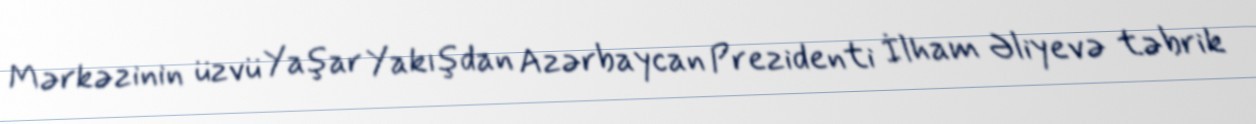
Mərkəzinin üzvü Yaşar Yakışdan Azərbaycan Prezidenti İlham Əliyevə təbrik